Senior Leaving Certificate Examination (including Day School Certificate (Higher) General paper), 1947
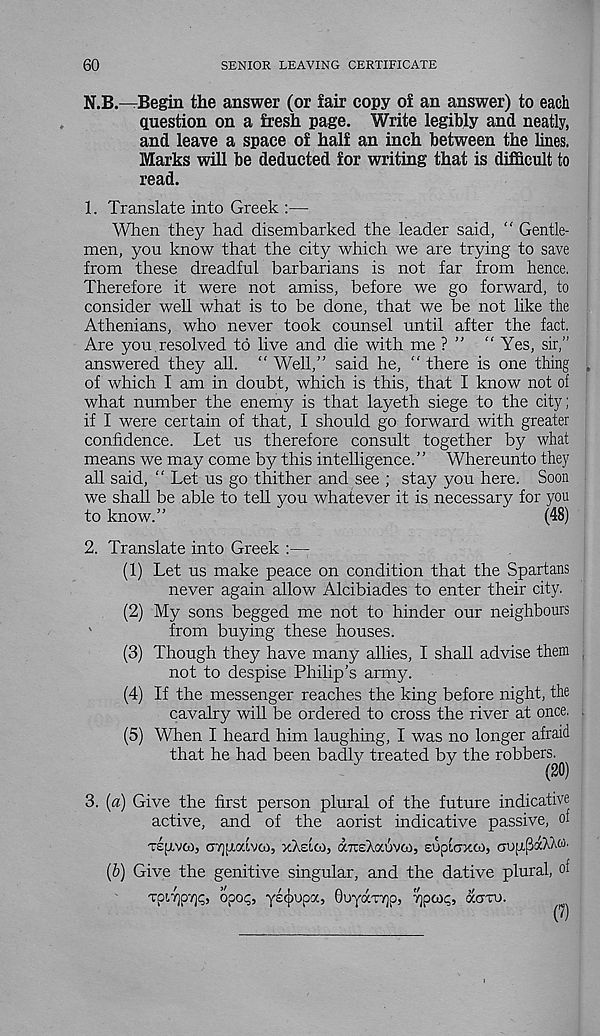
60
SENIOR LEAVING CERTIFICATE
N.B.—Begin the answer (or fair copy of an answer) to each
question on a fresh page. Write legibly and neatly,
and leave a space of half an inch between the lines.
Marks will be deducted for writing that is difficult to
read.
1. Translate into Greek :—
When they had disembarked the leader said, “ Gentle-
men, you know that the city which we are trying to save
from these dreadful barbarians is not far from hence.
Therefore it were not amiss, before we go forward, to
consider well what is to be done, that we be not like the
Athenians, who never took counsel until after the fact.
Are you, resolved to live and die with me ? ” “Yes, sir,”
answered they all. “ Well,” said he, “ there is one thing
of which I am in doubt, which is this, that I know not of
what number the enemy is that layeth siege to the city;
if I were certain of that, I should go forward with greater
confidence. Let us therefore consult together by what
means we may come by this intelligence.” Whereunto they
all said, “ Let us go thither and see ; stay you here. Soon
we shall be able to tell you whatever it is necessary for you
to know.”
(48)
2. Translate into Greek :—
(1) Let us make peace on condition that the Spartans
never again allow Alcibiades to enter their city.
(2) My sons begged me not to hinder our neighbours
'
from buying these houses.
(3) Though they have many allies, I shall advise them
not to despise Philip's army.
(4) If the messenger reaches the king before night, the
cavalry will be ordered to cross the river at once.
(5) When I heard him laughing, I was no longer afraid
that he had been badly treated by the robbers.
(20)
3. [a) Give the first person plural of the future indicative
active, and of the aorist indicative passive, of
TSfxvtOj cTjfxouvco, xAslm, drcsAocuvco, eupfcoco), aupPdAW
(6) Give the genitive singular, and the dative plural, of
TpiY]Q7)<;, opoc;, yscjiupa, BuyaTTp, 7]pco<;, dam
0)